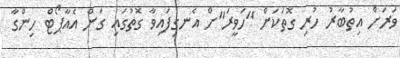
ވަރަށް އިތުބާރު ހުރި ގޮތަކަށް "ހަވީރަ"ށް އެނގިފައިވާ ގޮތުގައި ގަން އެއާޕޯޓް ހިންގާ